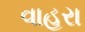
વાહરા